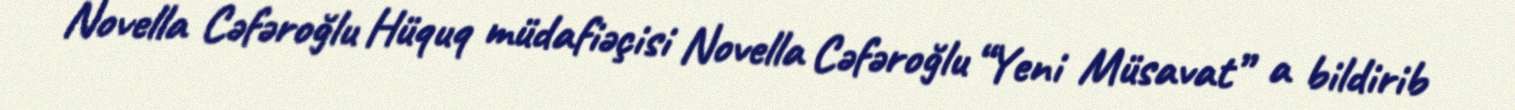
Novella Cəfəroğlu Hüquq müdafiəçisi Novella Cəfəroğlu “Yeni Müsavat” a bildirib